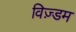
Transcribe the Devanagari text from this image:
विज़्डम